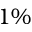
1 \%